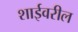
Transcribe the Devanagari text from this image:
शाईवरील